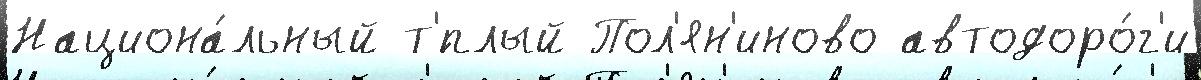
Национа́льный т'́плый Пол'ян'иново автодоро́г'и